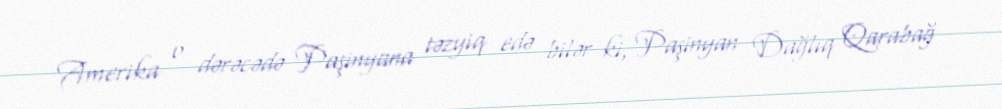
Amerika o dərəcədə Paşinyana təzyiq edə bilər ki, Paşinyan Dağlıq Qarabağ